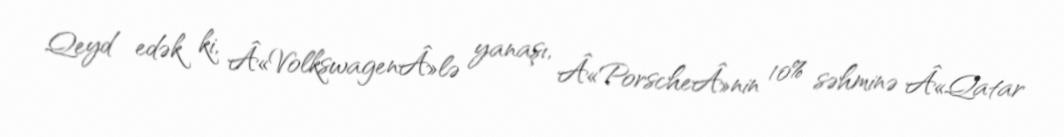
Qeyd edək ki, Â«VolkswagenÂ»lə yanaşı, Â«PorscheÂ»nin 10% səhminə Â«Qatar